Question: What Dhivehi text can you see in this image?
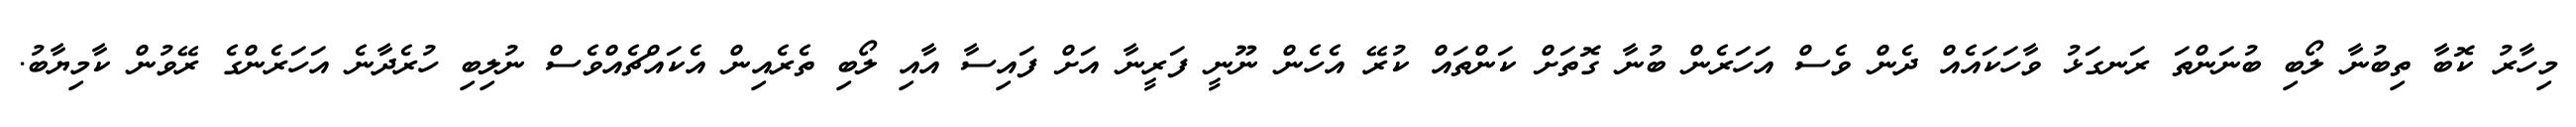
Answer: މިހާރު ކޮބާ ތިބުނާ ލޯބި ބުނަންތަ ރަނގަޅު ވާހަކައެއް ދެން ވެސް އަހަރެން ބުނާ ގޮތަށް ކަންތައް ކުރޭ އެހެން ނޫނީ ފަރީނާ އަށް ފައިސާ އާއި ލޯބި ތެރެއިން އެކައްޗެއްވެސް ނުލިބި ހުރެދާނެ އަހަރެންގެ ރޭވުން ކާމިޔާބު.